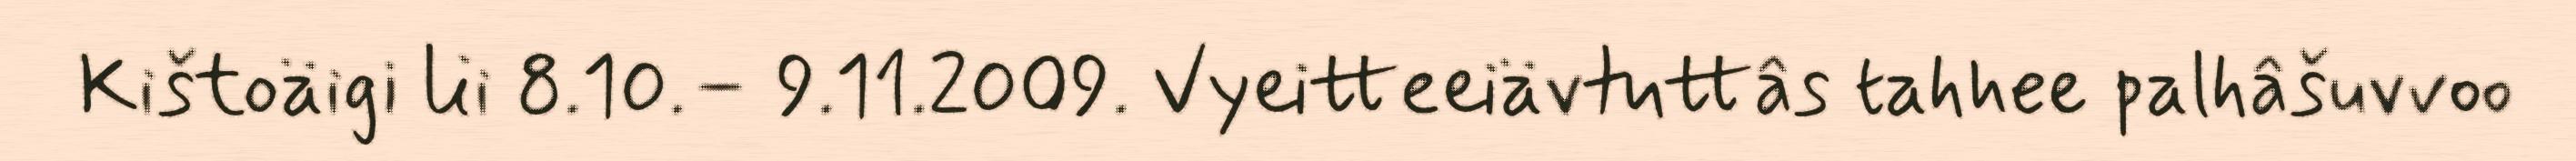
Kištoäigi lii 8.10.– 9.11.2009. Vyeitteeiävtuttâs tahhee palhâšuvvoo